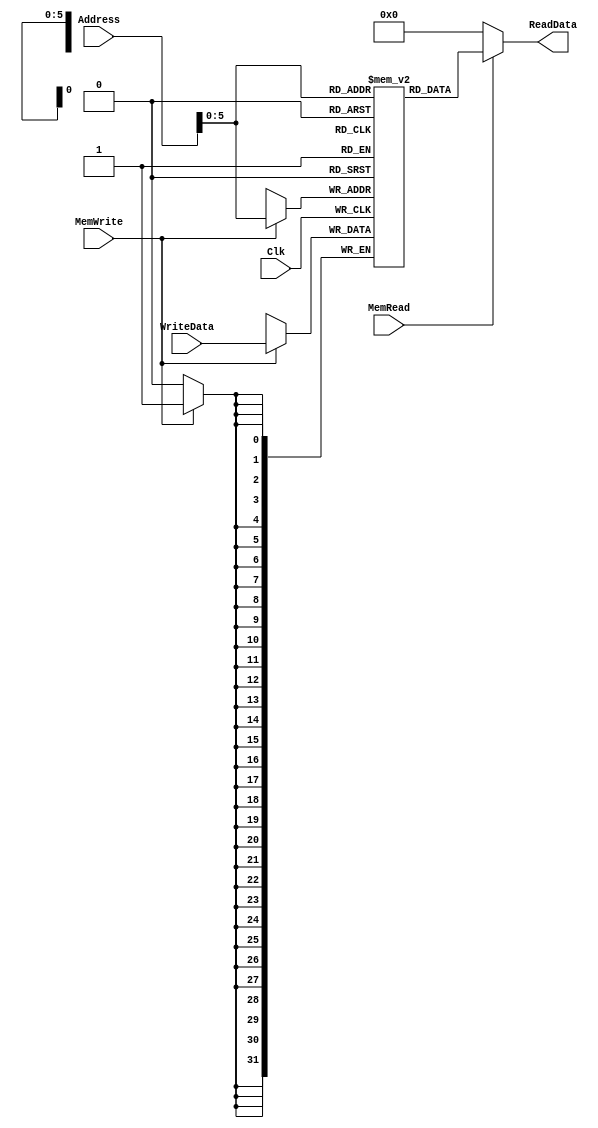
`timescale 1ns / 1ps
//////////////////////////////////////////////////////////////////////////////////
// Company: 
// Engineer: 
// 
// Design Name: 
// Module Name: DataMemory
// Project Name: 
// Target Devices: 
// Tool Versions: 
// Description: 
// 
// Dependencies: 
// 
// Revision:
// Revision 0.01 - File Created
// Additional Comments:
// 
//////////////////////////////////////////////////////////////////////////////////


module DataMemory(
    input Clk,
    input [31:0] Address,
    input [31:0] WriteData,
    input MemWrite,
    input MemRead,
    output [31:0] ReadData
    );
    
    reg [31:0] MemFile[0:63];
    reg [31:0] rd;
    
    always @ (Address)
        begin
            rd = 0;
            if(MemRead==1)
                rd = MemFile[Address];
        end
        
    assign ReadData = rd;
    
    always @ (negedge Clk)
        begin
            if(MemWrite==1)
                MemFile[Address] <= WriteData;
        end
endmodule